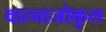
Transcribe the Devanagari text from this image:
वात्नाजोकुल